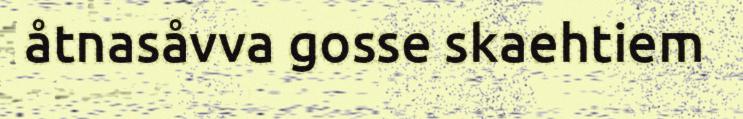
åtnasåvva gosse skaehtiem